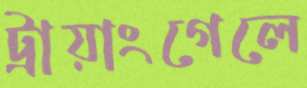
ট্রায়াংগেলে